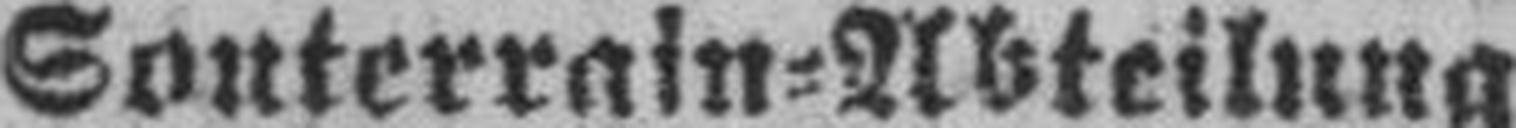
Souterrain=Abteilung